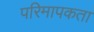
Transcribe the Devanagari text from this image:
परिमापकता